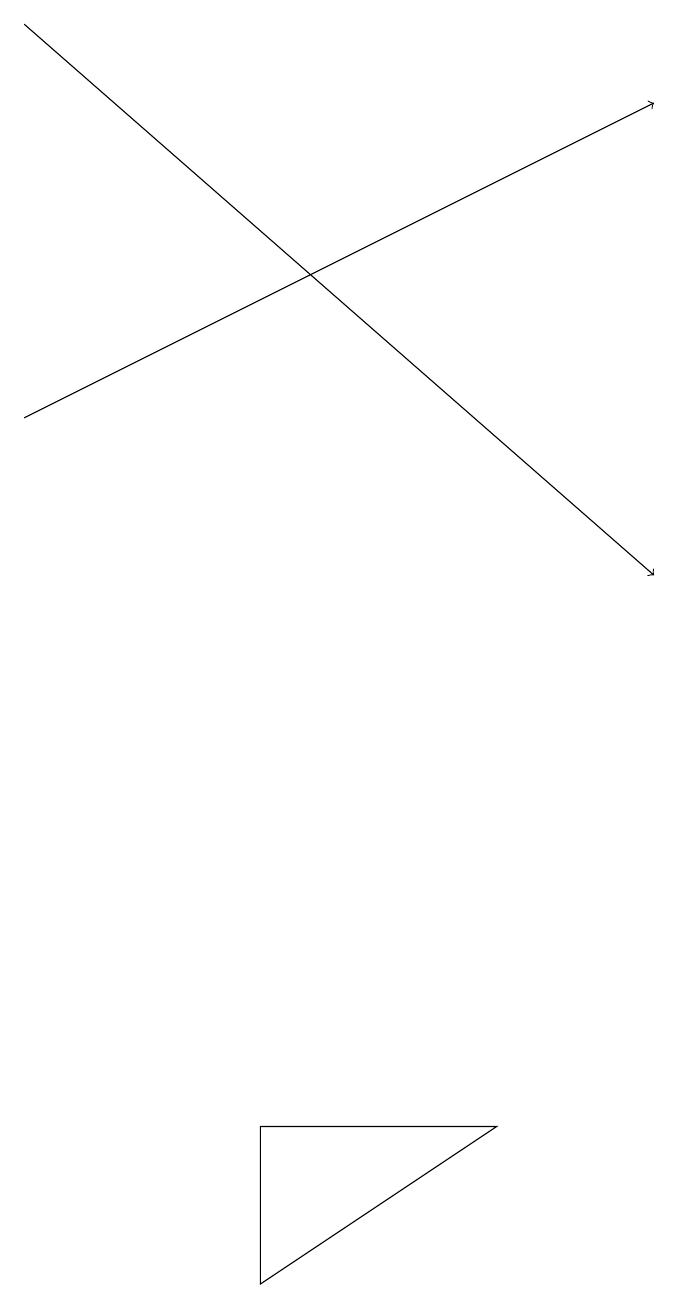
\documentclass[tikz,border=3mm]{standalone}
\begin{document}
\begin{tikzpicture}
\draw (4,5) -- (4,3) -- (7,5) -- cycle;
\draw[->] (1,19) -- (9,12);
\draw[->] (1,14) -- (9,18);
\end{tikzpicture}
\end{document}